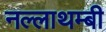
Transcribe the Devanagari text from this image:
नल्लाथम्बी